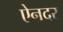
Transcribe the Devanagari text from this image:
ऐनदर